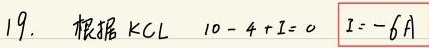
19. 根据KCL $10 - 4 + I = 0$  $\boxed{I = - 6\mathrm{A}}$